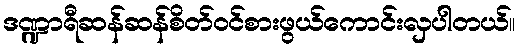
ဒဏ္ဍာရီဆန်ဆန်စိတ်ဝင်စားဖွယ်ကောင်းလှပါတယ်။